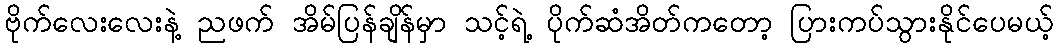
ဗိုက်လေးလေးနဲ့ ညဖက် အိမ်ပြန်ချိန်မှာ သင့်ရဲ့ ပိုက်ဆံအိတ်ကတော့ ပြားကပ်သွားနိုင်ပေမယ့်